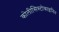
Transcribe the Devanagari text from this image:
कोलीसिस्टोकाइनिन